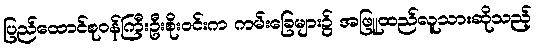
ပြည်ထောင်စုဝန်ကြီးဦးစိုးဝင်းက ကမ်းခြေများ၌ အဖြူထည်လူသားဆိုသည့်